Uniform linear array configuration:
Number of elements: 16
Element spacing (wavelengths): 1
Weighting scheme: blackman
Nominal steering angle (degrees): -30
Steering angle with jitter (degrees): -30.961
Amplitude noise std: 0.05
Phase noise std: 0.05

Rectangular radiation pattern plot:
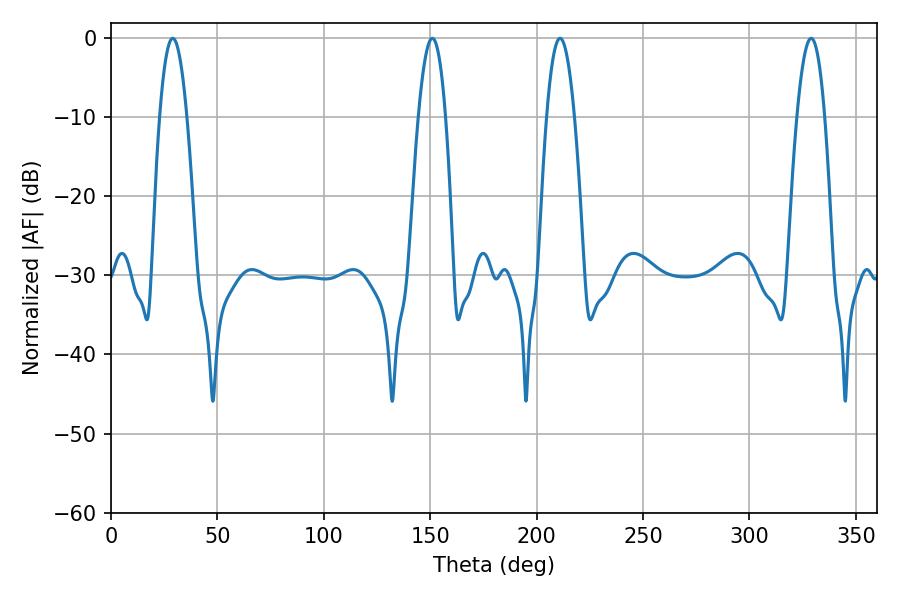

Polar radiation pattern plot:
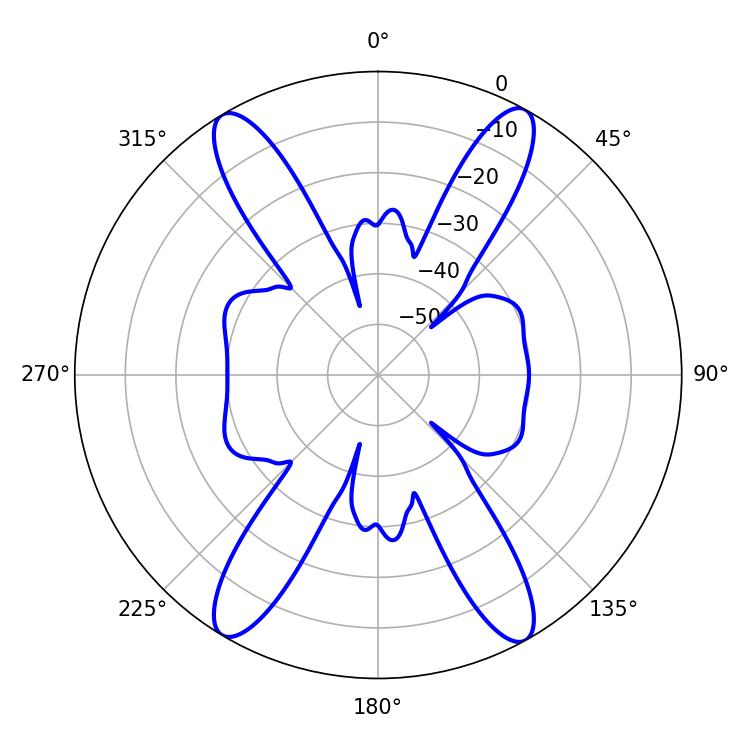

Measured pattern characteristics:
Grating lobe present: TRUE
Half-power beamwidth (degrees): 7.02
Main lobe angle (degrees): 28.98